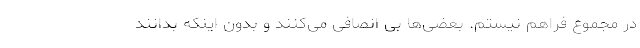
در مجموع فراهم نیستم. بعضی‌ها بی انصافی می‌کنند و بدون اینکه بدانند